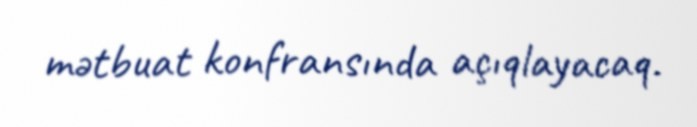
mətbuat konfransında açıqlayacaq.